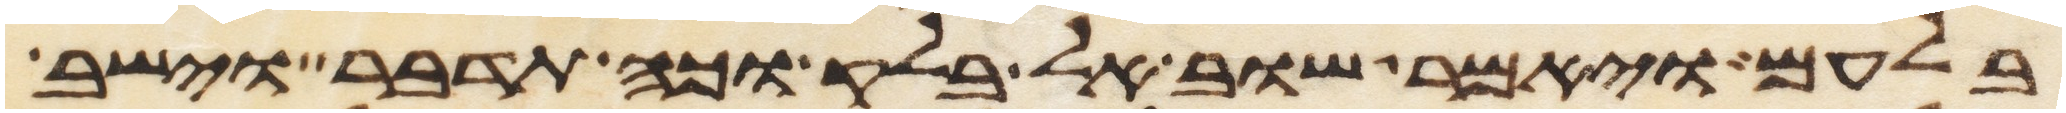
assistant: בלעם ויאמר שוב אל בלק וכה תדבר וישב